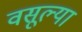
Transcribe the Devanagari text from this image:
वसूल्या